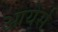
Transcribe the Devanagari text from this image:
आयेर्स